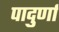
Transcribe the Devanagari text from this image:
पादुर्णा